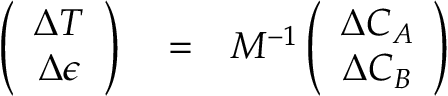
\begin{array} { r l r } { \left( \begin{array} { c } { \Delta T } \\ { \Delta \epsilon } \end{array} \right) } & { { } = } & { M ^ { - 1 } \left( \begin{array} { c } { \Delta C _ { A } } \\ { \Delta C _ { B } } \end{array} \right) } \end{array}